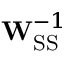
\mathbf { W } _ { \mathrm { S S } } ^ { - 1 }